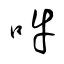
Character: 吽